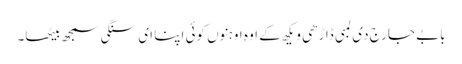
بابے جارج دی لمبی ڈاڑھی ویکھ کے اوہ اوہنوں کوئی اپنا ای سنگی سمجھ بیٹھا۔